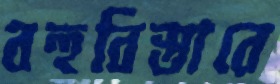
বহুবিস্তারে